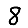
Digit: 8